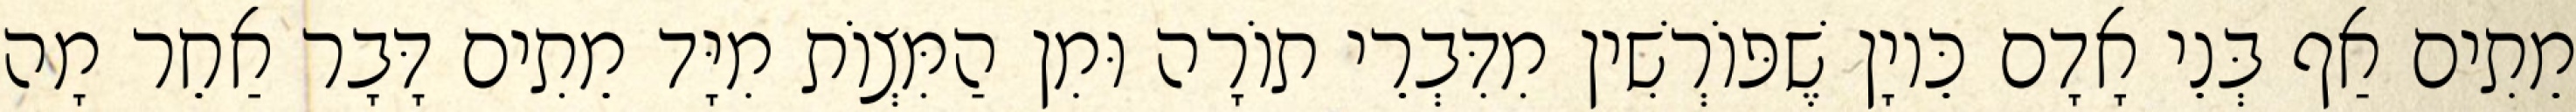
מֵתִים אַף בְּנֵי אָדָם כֵּיוָן שֶׁפּוֹרְשִׁין מִדִּבְרֵי תוֹרָה וּמִן הַמִּצְוֹת מִיָּד מֵתִים דָּבָר אַחֵר מָה